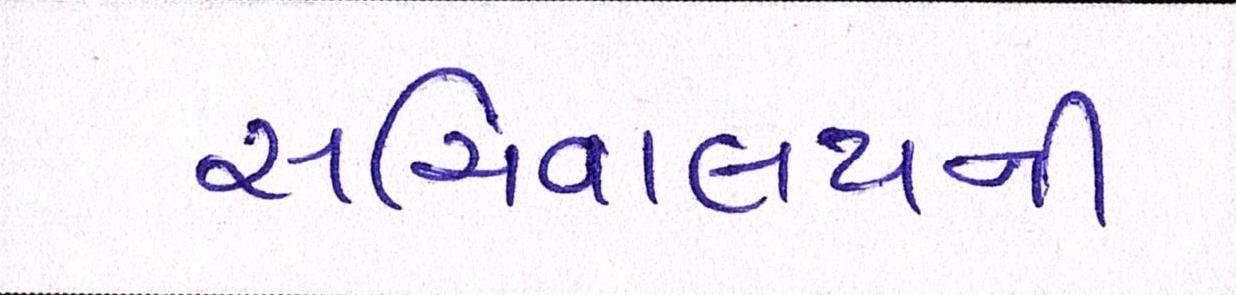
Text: સચિવાલયની